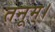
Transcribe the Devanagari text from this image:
तनूम्।